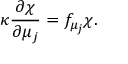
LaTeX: \kappa \frac { \partial \chi } { \partial \mu _ { j } } = f _ { \mu _ { j } } \chi .